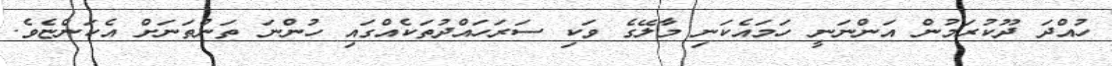
ހުއްދަ ދޫކުރަމުން އަންނަނީ ހަމައެކަނި މާލޭގެ ވަކި ސަރަހައްދުތަކެއްގައި ހުންނަ ތަންތަނަށް އެކަންޏެވެ.